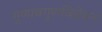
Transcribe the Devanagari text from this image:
गुणावगुणविवेचन